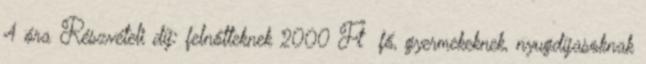
4 óra Részvételi díj: felnőtteknek 2000 Ft fő, gyermekeknek, nyugdíjasoknak